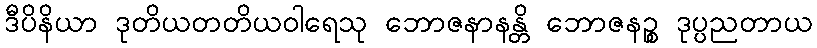
ဒီပိနိယာ ဒုတိယတတိယဝါရေသု ဘောဇနာနန္တိ ဘောဇနဉ္စ ဒုပ္ပညတာယ